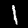
Label: 1